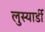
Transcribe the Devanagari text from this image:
लुस्यार्डी